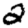
Digit: 2